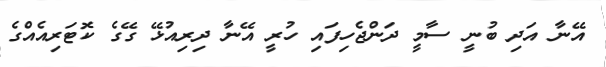
އޭނާ އަދި ބުނީ ސާމީ ދަންޖެހިފައި ހުރީ އޭނާ ދިރިއުޅޭ ގޭގެ ކޮޓަރިއެއްގެ